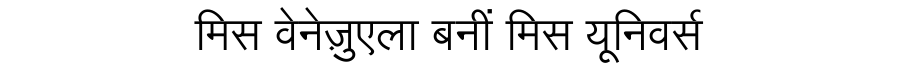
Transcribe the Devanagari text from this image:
मिस वेनेज़ुएला बनीं मिस यूनिवर्स